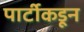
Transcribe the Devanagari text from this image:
पार्टीकडून